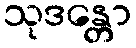
သုဒန္တော